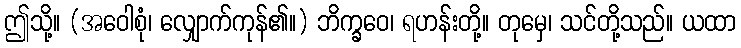
ဤသို့။ (အဝေါစုံ၊ လျှောက်ကုန်၏။) ဘိက္ခဝေ၊ ရဟန်းတို့။ တုမှေ၊ သင်တို့သည်။ ယထာ